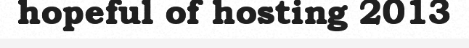
hopeful of hosting 2013